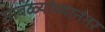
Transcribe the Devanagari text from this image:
साबळ्यांच्यानंतर